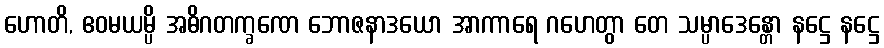
ဟောတိ, ဧဝမယမ္ပိ အဓိဂတက္ခဏေ ဘောဇနာဒယော အာကာရေ ဂဟေတွာ တေ သမ္ပာဒေန္တော နဋ္ဌေ နဋ္ဌေ